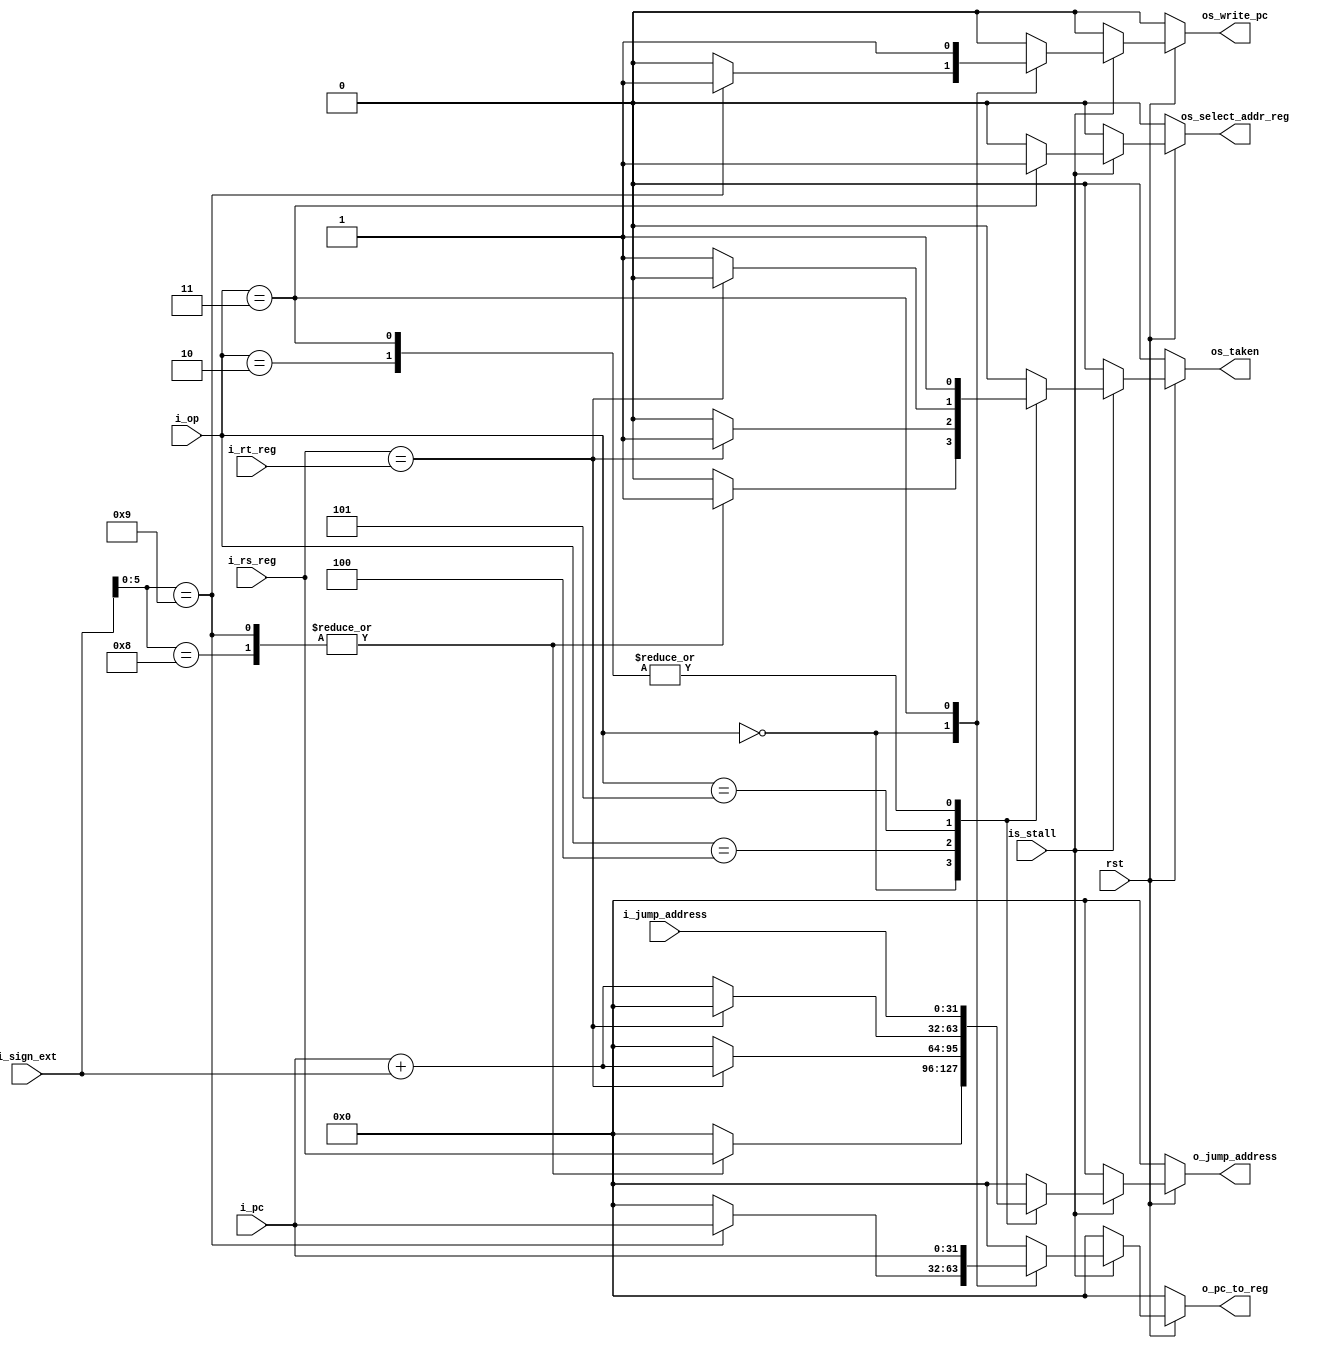
`timescale 1ns / 1ps
module branch_unit(
    input wire           rst,
    input wire  [5  : 0] i_op,
    input wire  [31 : 0] i_sign_ext,
    input wire  [31 : 0] i_jump_address,
    input wire  [31 : 0] i_pc,
    input wire  [31 : 0] i_rs_reg,
    input wire  [31 : 0] i_rt_reg,
    input wire           is_stall,
    //senal para el mux del pc
    output reg          os_taken,
    //senal para el segundo mux en etapa wb, indica que se
    //escribe en el registro la direccion del PC antes del salto
    output reg          os_write_pc,
    //senal para elegir entre el registro 31 o el rd
    //en la etapa wb.
    output reg          os_select_addr_reg,
    //direccion a saltar de la memoria de programa
    //es tanto para jump o para branch
    output reg  [31 : 0] o_jump_address,
    //el pc sale porque es el registro que se guarda en
    //banco de registros en el caso de intruccion JALR y JAL
    output reg  [31 : 0] o_pc_to_reg
    );

    always@(*)
    begin
        if(~rst)begin
            os_taken           = 0;
            os_write_pc        = 0;
            os_select_addr_reg = 0;
            o_jump_address     = 0;
            o_pc_to_reg        = 0;
        end
        else begin
            if(is_stall) begin
                case(i_op)
                    6'b000000: begin
                        case(i_sign_ext[5 -: 6])
                            //JR
                            6'b001000:begin
                                os_taken           = 1;
                                os_write_pc        = 0;
                                os_select_addr_reg = 0;
                                o_jump_address     = i_rs_reg;
                                o_pc_to_reg        = 0;
                            end                      
                            //JALR
                            6'b001001:begin
                                os_taken           = 1;
                                os_write_pc        = 1;
                                os_select_addr_reg = 0;//hace que pase la dir d
                                o_jump_address     = i_rs_reg;
                                o_pc_to_reg        = i_pc; 
                            end
                            default:begin
                                os_taken           = 0;
                                os_write_pc        = 0;
                                os_select_addr_reg = 0;
                                o_jump_address     = 0;
                                o_pc_to_reg        = 0; 
                            end
                        endcase
                    end
                    //BEQ
                    6'b000100:begin
                        if(i_rs_reg == i_rt_reg)begin
                            os_taken           = 1;
                            os_write_pc        = 0;
                            os_select_addr_reg = 0;
                            o_jump_address     = i_pc + i_sign_ext;
                            o_pc_to_reg        = 0; 
                        end 
                        else begin
                            os_taken           = 0;
                            os_write_pc        = 0;
                            os_select_addr_reg = 0;
                            o_jump_address     = 0;
                            o_pc_to_reg        = 0; 
                        end
                    end
                    //BNE
                    6'b000101:begin
                        if(i_rs_reg == i_rt_reg)begin
                            os_taken           = 0;
                            os_write_pc        = 0;
                            os_select_addr_reg = 0;
                            o_jump_address     = 0;
                            o_pc_to_reg        = 0; 
                        end 
                        else begin
                            os_taken           = 1;
                            os_write_pc        = 0;
                            os_select_addr_reg = 0;
                            o_jump_address     = i_pc + i_sign_ext;
                            o_pc_to_reg        = 0; 
                        end
                    end
                    //J
                    6'b000010:begin
                        os_taken           = 1;
                        os_write_pc        = 0;
                        os_select_addr_reg = 0;
                        o_jump_address     = i_jump_address;
                        o_pc_to_reg        = 0;
                    end
                    //JAL
                    6'b000011:begin
                        os_taken           = 1;
                        os_write_pc        = 1;
                        os_select_addr_reg = 1;//selecciona direccion 31
                        o_jump_address     = i_jump_address;
                        o_pc_to_reg        = i_pc;
                    end
                    default:begin
                        os_taken           = 0;
                        os_write_pc        = 0;
                        os_select_addr_reg = 0;
                        o_jump_address     = 0;
                        o_pc_to_reg        = 0; 
                    end
                endcase
            end
            else begin 
                os_taken           = 0;
                os_write_pc        = 0;
                os_select_addr_reg = 0;
                o_jump_address     = 0;
                o_pc_to_reg        = 0;
            end
        end
    end
endmodule